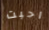
احبت